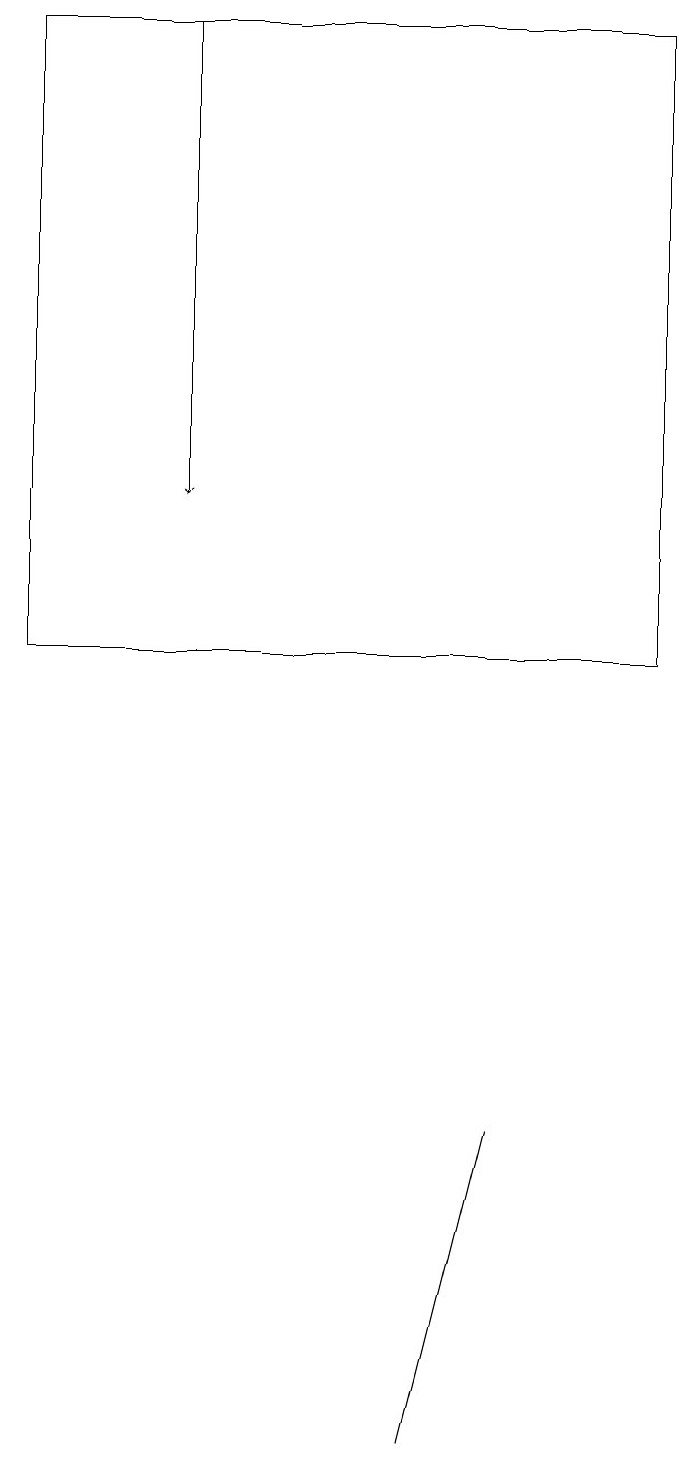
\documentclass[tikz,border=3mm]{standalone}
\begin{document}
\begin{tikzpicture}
\draw[->] (2,18) -- (2,12);
\draw (8,10) rectangle (0,18);
\draw (5,0) -- (5,0) -- (6,4) -- cycle;
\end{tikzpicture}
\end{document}